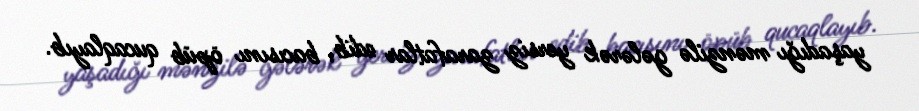
yaşadığı mənzilə gələrək yersiz zarafatlar edib, bacısını öpüb qucaqlayıb.